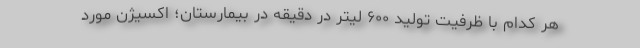
هر کدام با ظرفیت تولید ۶۰۰ لیتر در دقیقه در بیمارستان؛ اکسیژن مورد